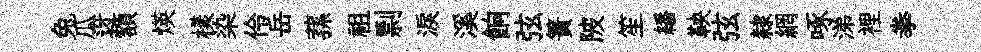
兔瓜迓額煐樣染伶岳蓀祖剽淚溪餉弦簀陂笙繙鞅弦隸網啄涕裡拳